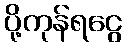
ပို့ကုန်ရငွေ